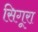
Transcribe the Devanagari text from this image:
सिगूरा